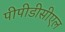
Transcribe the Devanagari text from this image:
पीपीडीसीएल